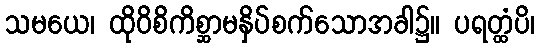
သမယေ၊ ထိုဝိစိကိစ္ဆာမနှိပ်စက်သောအခါ၌။ ပရတ္ထံပိ၊